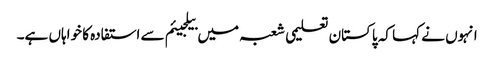
انہوں نے کہا کہ پاکستان تعلیمی شعبہ میں بیلجیئم سے استفادہ کا خواہاں ہے۔